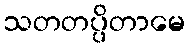
သတတပ္ပိတာမေ